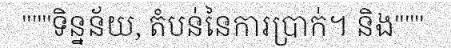
"""ទិន្នន័យ, តំបន់នៃការប្រាក់។ និង"""